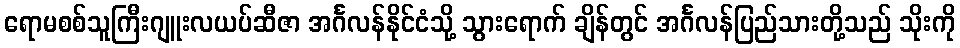
ရောမစစ်သူကြီးဂျူးလယပ်ဆီဇာ အင်္ဂလန်နိုင်ငံသို့ သွားရောက် ချိန်တွင် အင်္ဂလန်ပြည်သားတို့သည် သိုးကို